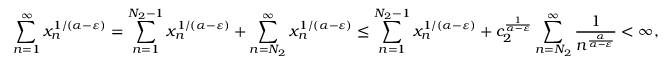
\sum _ { n = 1 } ^ { \infty } x _ { n } ^ { 1 / ( \alpha - \varepsilon ) } = \sum _ { n = 1 } ^ { N _ { 2 } - 1 } x _ { n } ^ { 1 / ( \alpha - \varepsilon ) } + \sum _ { n = { N _ { 2 } } } ^ { \infty } x _ { n } ^ { 1 / ( \alpha - \varepsilon ) } \leq \sum _ { n = 1 } ^ { N _ { 2 } - 1 } x _ { n } ^ { 1 / ( \alpha - \varepsilon ) } + c _ { 2 } ^ { \frac { 1 } { \alpha - \varepsilon } } \sum _ { n = { N _ { 2 } } } ^ { \infty } \frac { 1 } { n ^ { \frac { \alpha } { \alpha - \varepsilon } } } < \infty ,